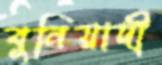
বুনিয়াদী